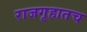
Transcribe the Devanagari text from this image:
राजगृहातच